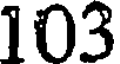
103